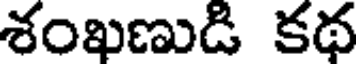
శంఖణుడి కథ